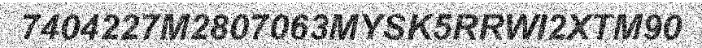
7404227M2807063MYSK5RRWI2XTM90